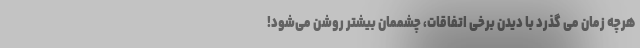
هرچه زمان می گذرد با دیدن برخی اتفاقات، چشممان بیشتر روشن می‌شود!